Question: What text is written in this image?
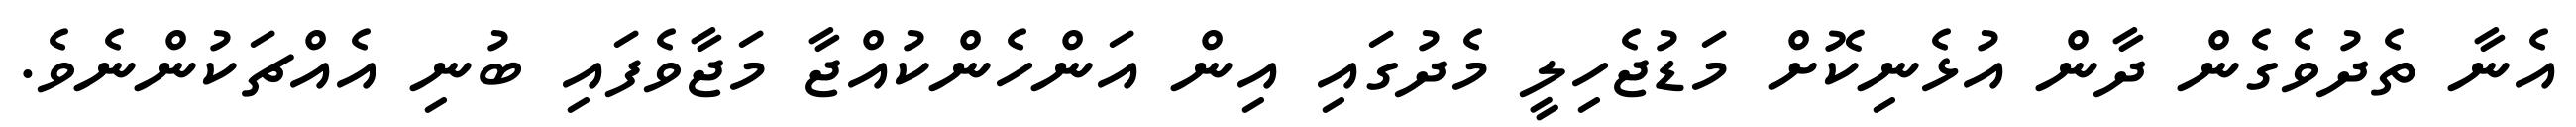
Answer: އެނާ ތެދުވެގެން ދާން އުޅެނިކޮށް މަޑުޖެހިލީ މެދުގައި އިން އަންހެންކުއްޖާ މަޖާވެފައި ބުނި އެއްޗަކުންނެވެ.